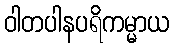
ဝါတပါနပရိကမ္မာယ